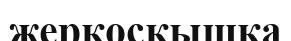
жерқосқышқа